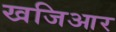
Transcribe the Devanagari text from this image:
खजिआर